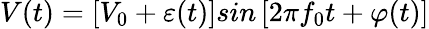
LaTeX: V(t)=\left[V_{0}+\varepsilon(t)\right]sin\left[2\pi f_{0}t+\varphi(t)\right]